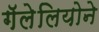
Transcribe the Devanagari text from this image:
गॅलेलियोने